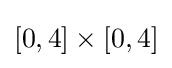
[0,4]\times [0,4]